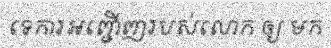
ទេការអញ្ជើញរបស់លោក ឲ្យ មក